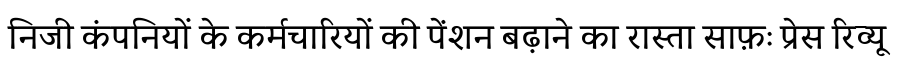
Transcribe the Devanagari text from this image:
निजी कंपनियों के कर्मचारियों की पेंशन बढ़ाने का रास्ता साफ़ः प्रेस रिव्यू